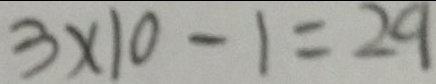
3 \times 1 0 - 1 = 2 9